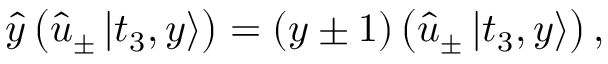
\begin{array} { r } { \hat { y } \left( \hat { u } _ { \pm } \left| t _ { 3 } , y \right\rangle \right) = ( y \pm 1 ) \left( \hat { u } _ { \pm } \left| t _ { 3 } , y \right\rangle \right) , } \end{array}